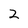
Character: 2